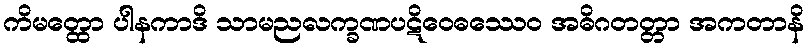
ကိမတ္ထော ပါနကာဒိ သာမညလက္ခဏပဋိဝေဓဿေဝ အဓိဂတတ္တာ အကတာနိ